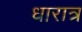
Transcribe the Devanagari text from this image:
धारात्र